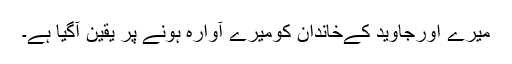
میرے اورجاوید کےخاندان کومیرے آوارہ ہونے پر یقین آگیا ہے۔